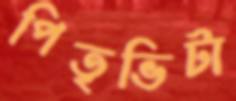
পিতৃভিটা